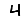
Digit: 4